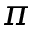
\pi